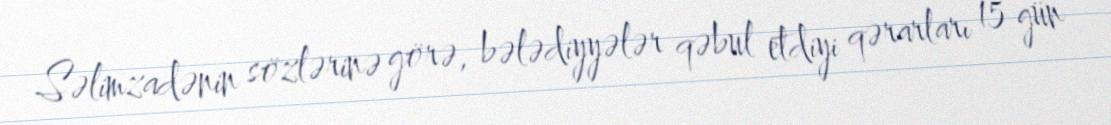
Səlimzadənin sözlərinə görə, bələdiyyələr qəbul etdiyi qərarları 15 gün